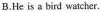
B.He is a bird watcher.